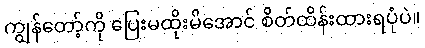
ကျွန်တော့်ကို ပြေးမထိုးမိအောင် စိတ်ထိန်းထားရပုံပဲ။